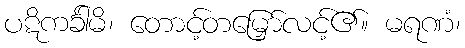
ပဋိကင်္ခါမိ၊ တောင့်တမြှော်လင့်၏။ မရဏံ၊